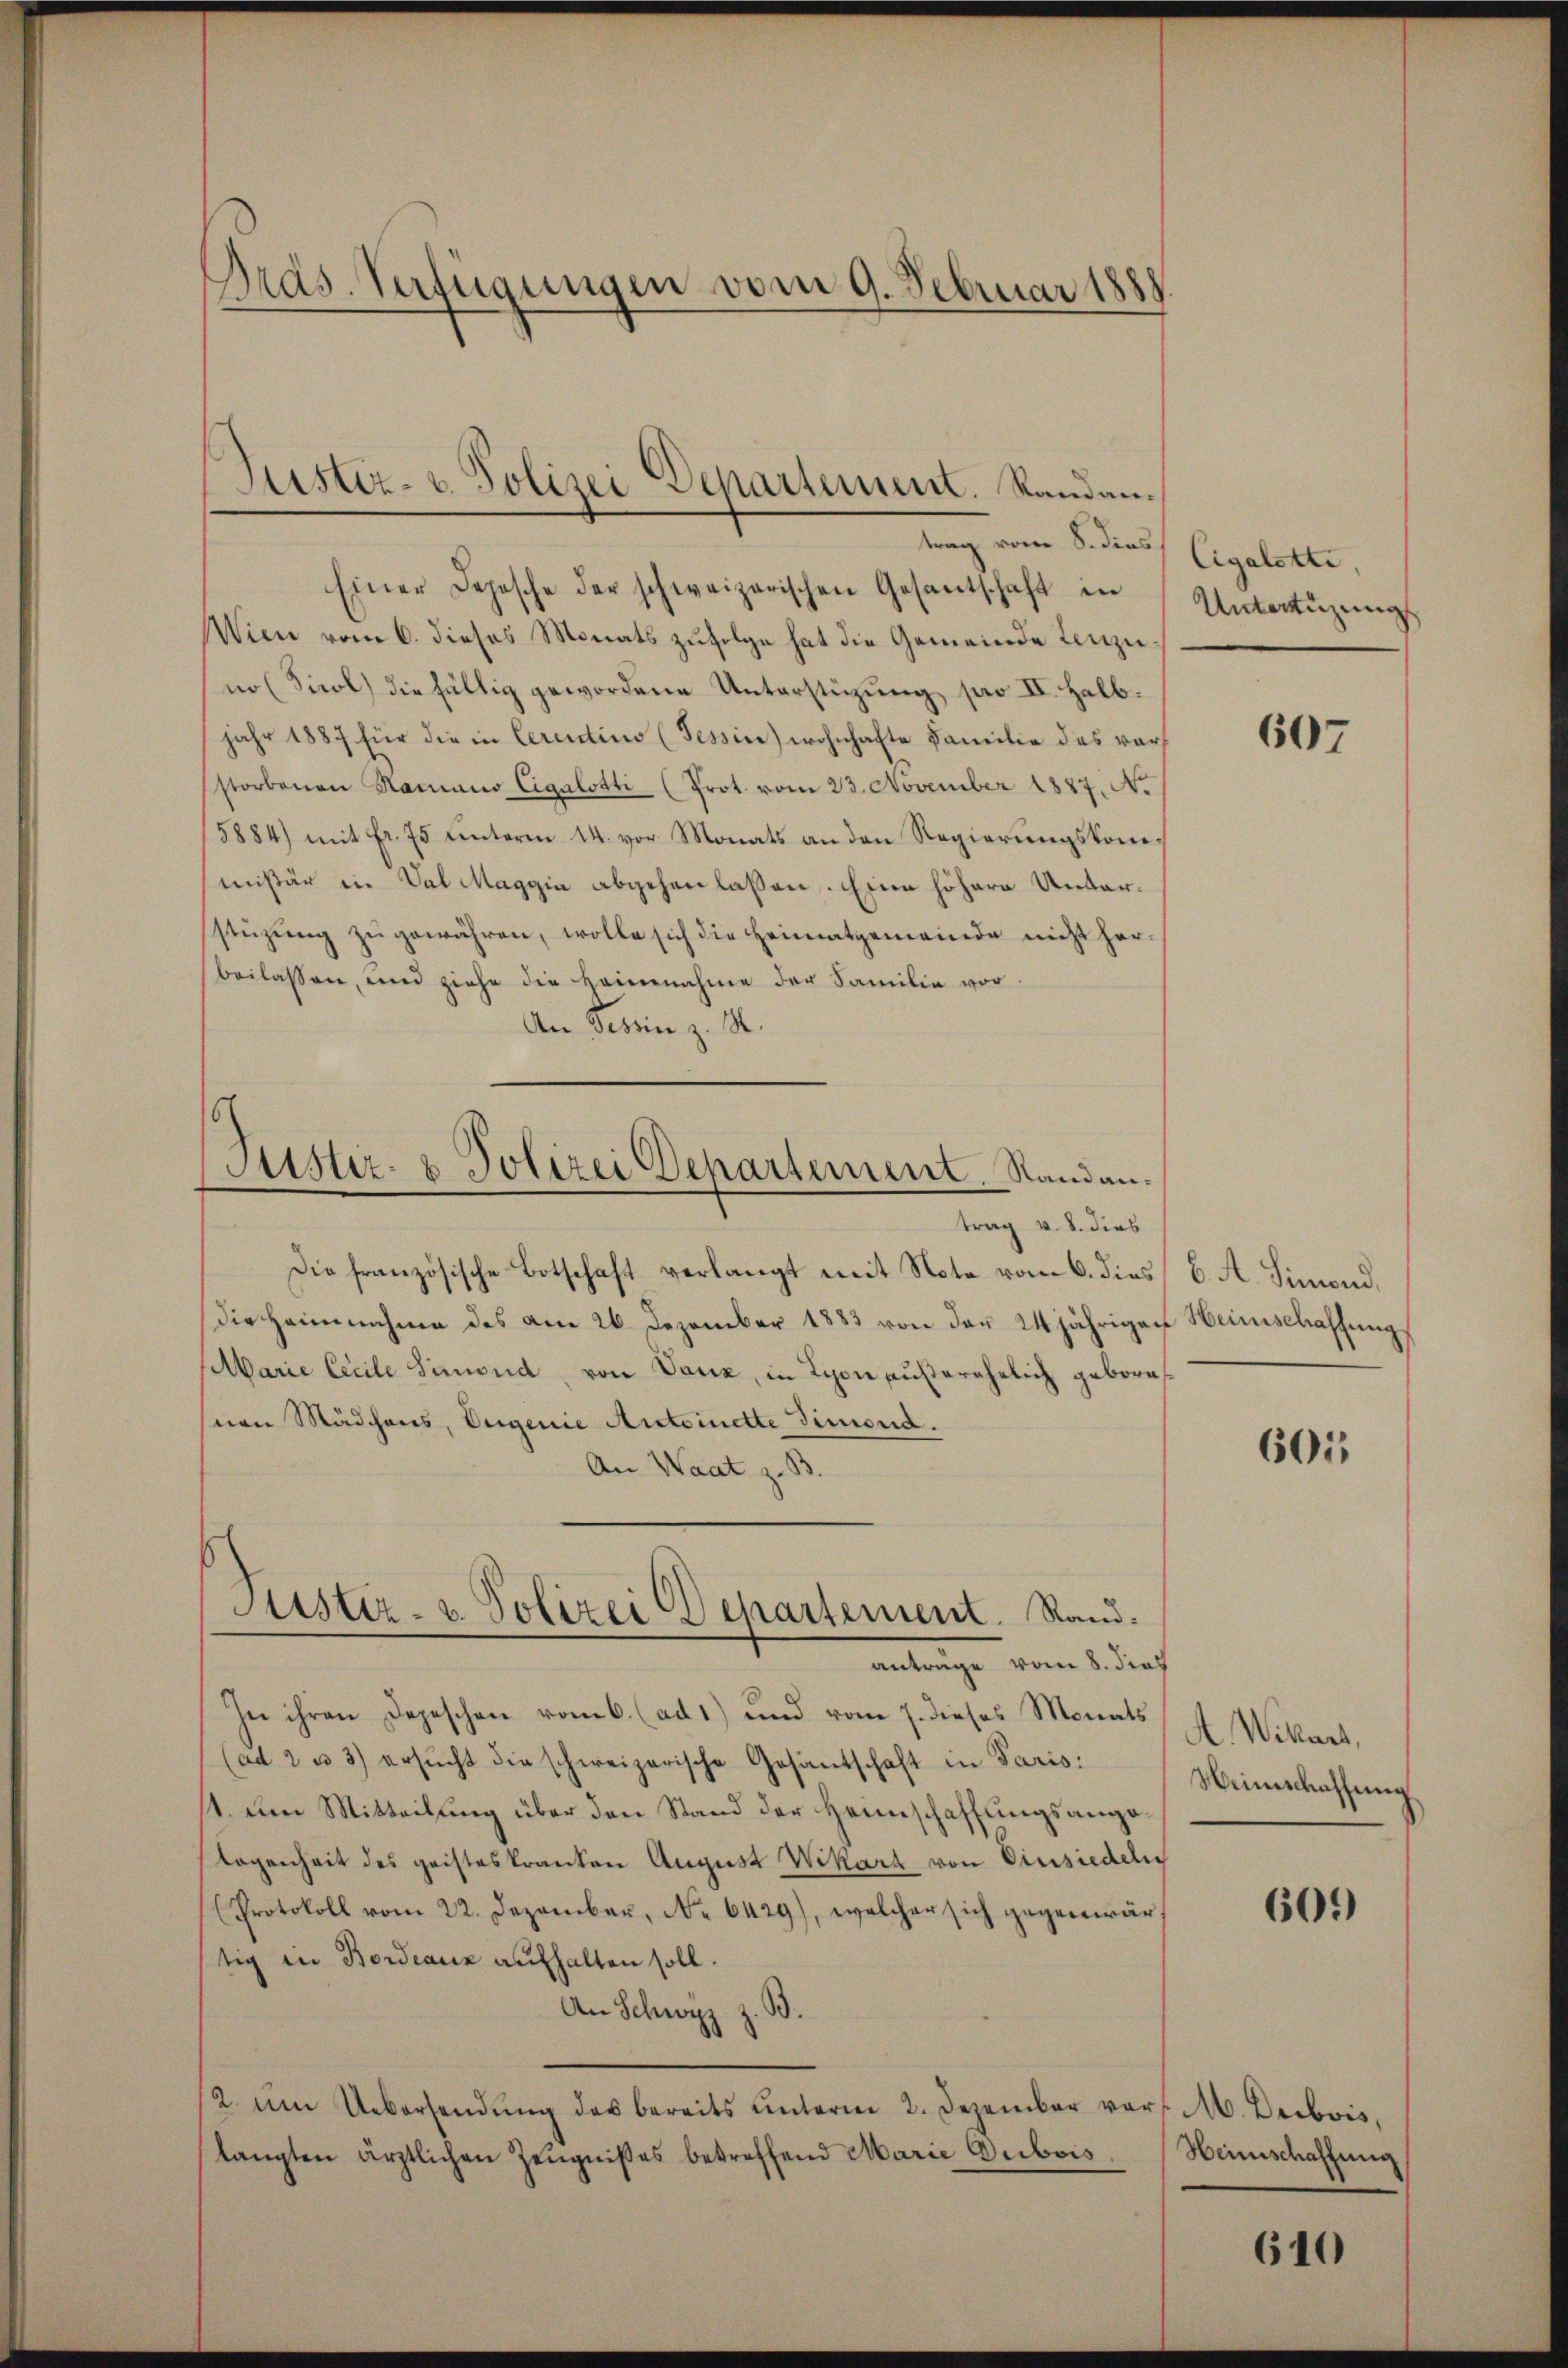
Einer Depesche der schweizerischen Gesantschaft in Untertüzungs
Wien vom 6. dieses Monats zufolge hat die Gemeinde Lenzuno (Sicol) die fällig gewordene Unterstüzung pro II. Halbjahr 1887 für die in Cerentino (Tessine) wohnhafte Familie des vorstorbenen Hamano Cigalotti (Prot. vom 23. November 1827. N.
5884) mit Fr. 75 unterm 14. vor Monats an den Regierungskommißär in Dal Maggia abgehen lassen. Eine höhere Unterstüzung zu gewähren, wolle sich die Heimatgemeinde nicht herbeilassen, und ziehe die Heinnahme der Familie vor
An Tessin z. R.

Präs. Verfügungen vom 9. Februar 1888.

Justiz- u. Polizei Departement. Randantrag vom 8. dies

Justiz- & Polizei Departement.   Randantrag v. 8. dies
Die französische Botschaft verlangt mit Note vom 6. dies C. A. Simond.

Justiz- u. Polizei Departement. Sandanträge vom 8. dies

die heimnahme des am 26. Dezember 1883 von der 24 jährigen Heinschaffung
Marie Cecile Simond, von Vanz, in Lyon außerehelich gebore
von Mädchens, Eugenie Antoinette Simond.
An Waat z. B.
In ihren Depeschen vom 6. (ad 1) und vom 7. dieses Monats
(ad 2 u 3) ersŭcht die schweizerische Gesandschaft in Paris:
1. den Mitteilung über den Stand der Heimschaffungsangelogenheit des geisteskranken August Wikart von Einsiedeln
Protokoll vom 22. Dezember, No 6429), welcher sich gegenwärstig in Bordeaux aufhalten soll.
B.
An Schwyz z.
2. ŭm Uebersendŭng des bereits ŭnterm 2. Dezember vor. M. Diebois,
langten ärztlichen Zeŭgnißes betreffend Marie Dubois. Heimschaffung

Cigalotte,

607

601

A. Wikart,
Weinschaffung

601)

610